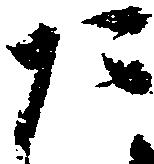
た